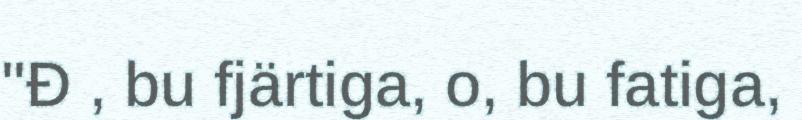
"Đ , bu fjärtiga, o, bu fatiga,